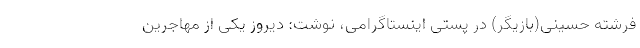
فرشته حسینی(بازیگر) در پستی اینستاگرامی، نوشت: دیروز یکی از مهاجرین